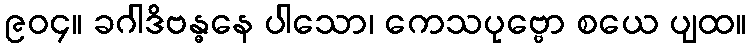
၉၀၄။ ခဂါဒိဗန္ဓနေ ပါသော၊ ကေသပုဗ္ဗော စယေ ပျထ။